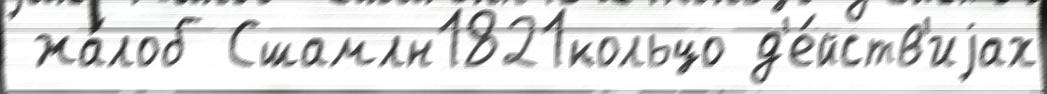
 жа́лоб Сшамлн1821кольцо д'е́йств'иjах